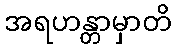
အရဟန္တာမှာတိ